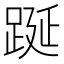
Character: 𨁆